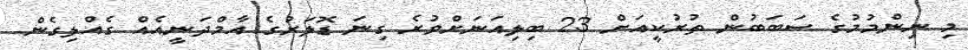
މި ނިންމުމުގެ ސަބަބުން ތުރުކީއަށް 23 ބިލިއަނަށްވުރެ ގިނަ ޑޮލަރުގެ އާމްދަނީއެއް ގެއްލިގެން